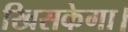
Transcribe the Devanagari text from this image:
खिसकेगा।